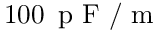
1 0 0 \, \mathrm { ~ p ~ F ~ } / \mathrm { ~ m ~ }